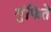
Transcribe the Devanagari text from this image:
गुंफिते